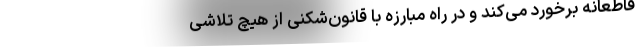
قاطعانه برخورد می‌کند و در راه مبارزه با قانون‌شکنی از هیچ تلاشی